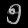
Digit: ၅